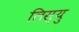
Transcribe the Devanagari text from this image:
लिस्यु